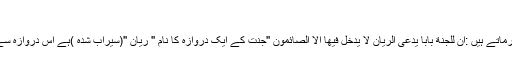
(٤)
آنحضرت ایک دوسری حدیث میں فرماتے ہیں :ان للجنة بابا یدعی الریان لا یدخل فیھا الا الصائمون ''جنت کے ایک دروازہ کا نام '' ریان ''(سیراب شدہ )ہے اس دروازہ سے صرف روزہ دار داخل ہوں گے ''۔